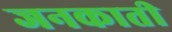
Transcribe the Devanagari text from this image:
जनकाती